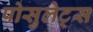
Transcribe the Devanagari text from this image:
पोसुलेट्स